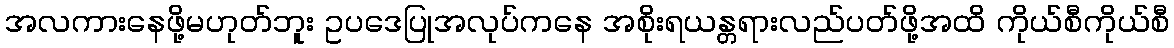
အလကားနေဖို့မဟုတ်ဘူး ဥပဒေပြုအလုပ်ကနေ အစိုးရယန္တရားလည်ပတ်ဖို့အထိ ကိုယ်စီကိုယ်စီ